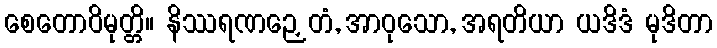
စေတောဝိမုတ္တိ။ နိဿရဏဉှေတံ, အာဝုသော, အရတိယာ ယဒိဒံ မုဒိတာ